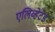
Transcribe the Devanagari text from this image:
एलिव्हेटेड